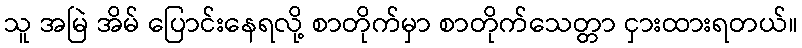
သူ အမြဲ အိမ် ပြောင်းနေရလို့ စာတိုက်မှာ စာတိုက်သေတ္တာ ငှားထားရတယ်။